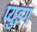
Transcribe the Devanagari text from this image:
प्युइग